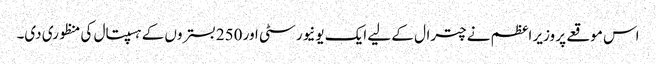
اس موقعے پر وزیر اعظم نے چترال کے لیے ایک یونیورسٹی اور 250 بستروں کے ہسپتال کی منظوری دی۔